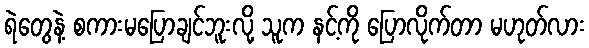
ရဲတွေနဲ့ စကားမပြောချင်ဘူးလို့ သူက နင့်ကို ပြောလိုက်တာ မဟုတ်လား